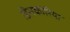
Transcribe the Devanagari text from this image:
डिसकोरिया